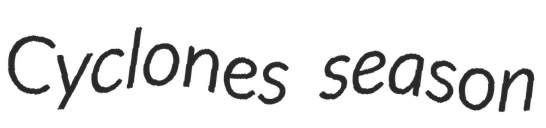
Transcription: Cyclones season